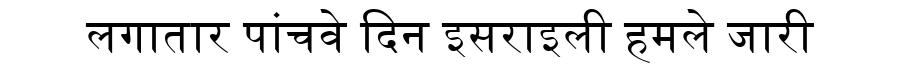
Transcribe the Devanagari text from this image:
लगातार पांचवे दिन इसराइली हमले जारी